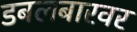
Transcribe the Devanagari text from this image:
डबलबारवर